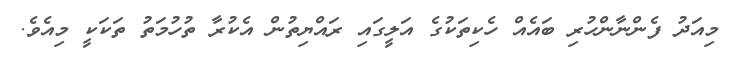
މިއަދު ފެންނާންހުރި ބައެއް ހެކިތަކުގެ އަލީގައި ރައްޔިތުން އެކުރާ ތުހުމަތު ތަކަކީ މިއެވެ.